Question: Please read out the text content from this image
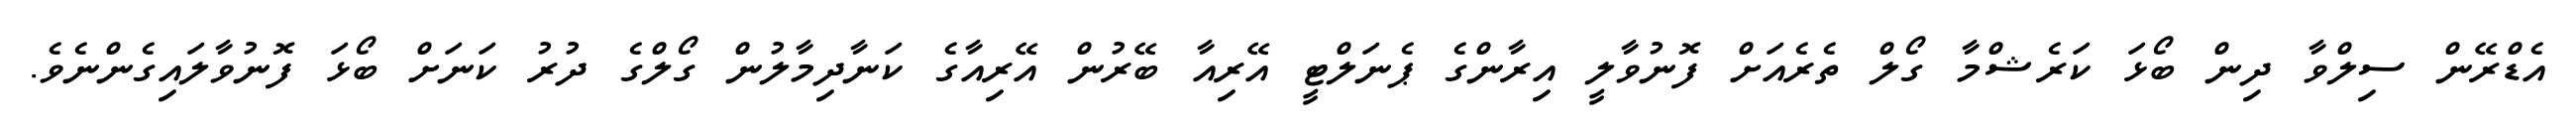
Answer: އެޑްރޭން ސިލްވާ ދިން ބޯޅަ ކަރެޝްމާ ގޯލް ތެރެއަށް ފޮނުވާލީ އިރާންގެ ޕެނަލްޓީ އޭރިއާ ބޭރުން އޭރިއާގެ ކަނާދިމާލުން ގޯލްގެ ދުރު ކަނަށް ބޯޅަ ފޮނުވާލައިގެންނެވެ.